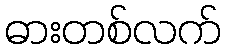
ဓားတစ်လက်